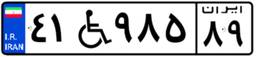
۴۱W۹۸۵۸۹